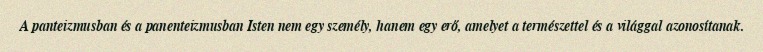
A panteizmusban és a panenteizmusban Isten nem egy személy, hanem egy erő, amelyet a természettel és a világgal azonosítanak.